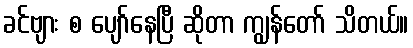
ခင်ဗျား စ ပျော်နေပြီ ဆိုတာ ကျွန်တော် သိတယ်။